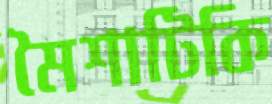
মৈশাটিকি